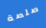
صلصة